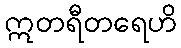
ဣတရီတရေဟိ